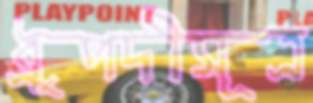
ধ্রুপদীসূত্র